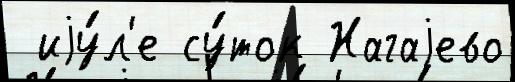
 иjу́л'е су́ток Нагаjево